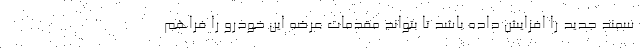
سمند جدید را افزایش داده باشد تا بتواند مقدمات عرضه این خودرو را فراهم